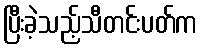
ပြီးခဲ့သည့်သီတင်းပတ်က